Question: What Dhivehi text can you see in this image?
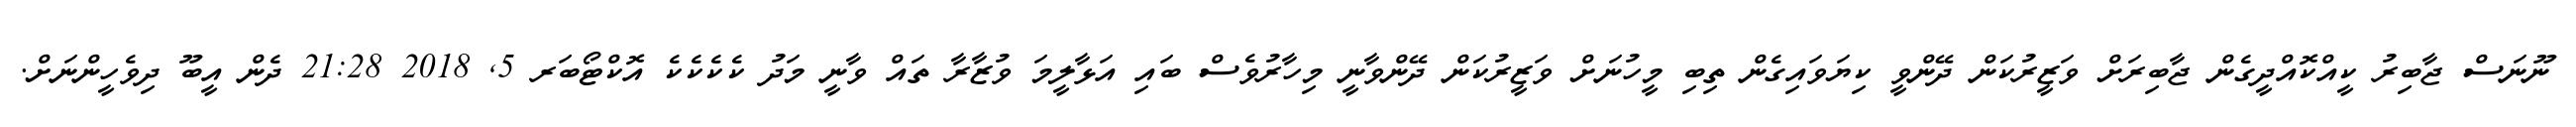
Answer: ނޫނަސް ޖާބިރު ކީއްކޮއްދީގެން ޖާބިރަށް ވަޒީރުކަން ދޭންވީ ކިޔަވައިގެން ތިބި މީހުނަށް ވަޒީރުކަން ދޭންވާނީ މިހާރުވެސް ބައި އަޅާލީމަ ވުޒާރާ ތައް ވާނީ މަދު ކެކެކެކެ އޮކްޓޯބަރ 5, 2018 21:28 ދެން އީބޫ ދިވެހީންނަށް.